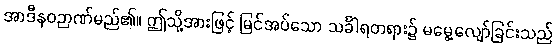
အာဒီနဝဉာဏ်မည်၏။ ဤသို့အားဖြင့် မြင်အပ်သော သင်္ခါရတရား၌ မမွေ့လျော်ခြင်းသည်